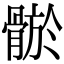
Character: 𩩦